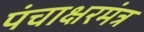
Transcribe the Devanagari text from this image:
पंचाक्षरमंत्र